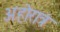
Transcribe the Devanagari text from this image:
अहोरात्रं